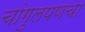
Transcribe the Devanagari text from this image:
चांगुलपणचा